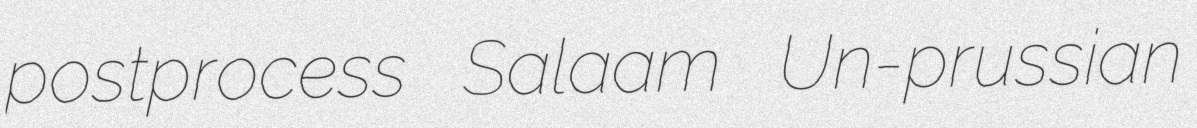
postprocess Salaam Un-prussian